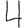
Digit: 4